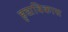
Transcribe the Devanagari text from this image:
हृद्यविकास